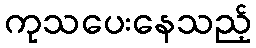
ကုသပေးနေသည့်